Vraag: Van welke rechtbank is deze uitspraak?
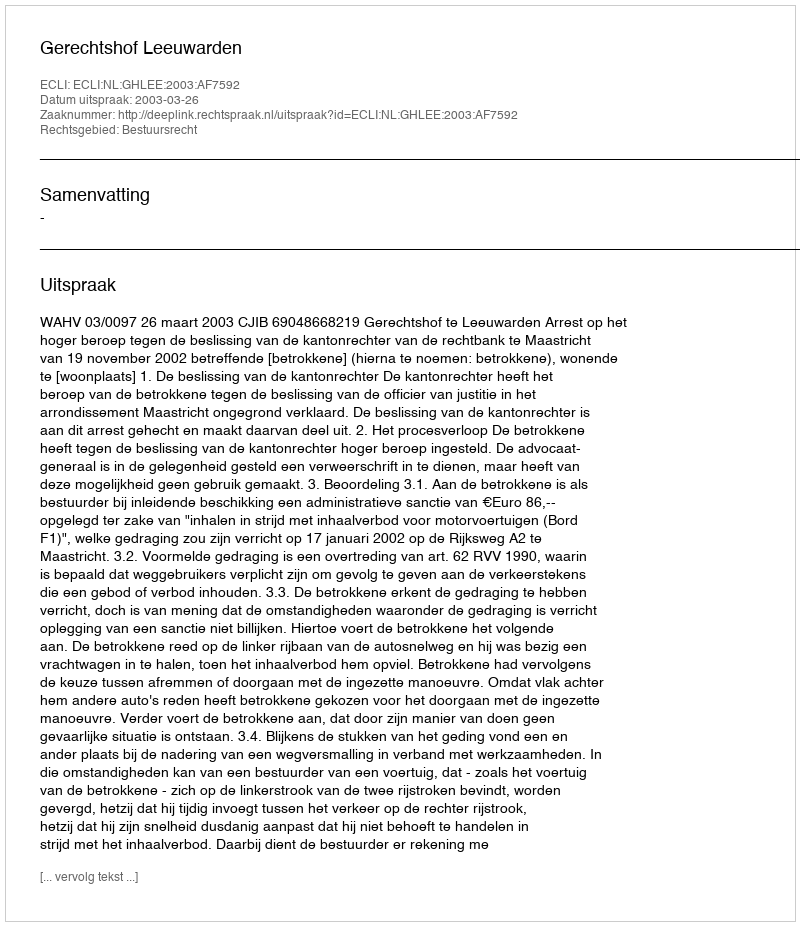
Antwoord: Gerechtshof Leeuwarden